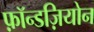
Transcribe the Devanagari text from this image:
फ़ॉन्डज़ियोन